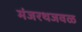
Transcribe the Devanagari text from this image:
मंजरथजवळ